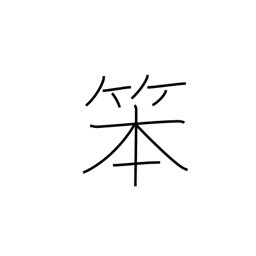
Meaning: coarse